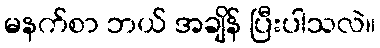
မနက်စာ ဘယ် အချိန် ပြီးပါသလဲ။